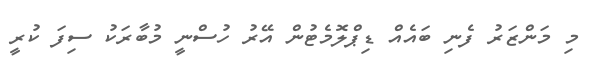
މި މަންޒަރު ފެނި ބައެއް ޑިޕްލޮމެޓުން އޭރު ހުސްނީ މުބާރަކު ސިފަ ކުރީ